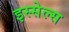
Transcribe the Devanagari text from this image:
इस्सेल्स